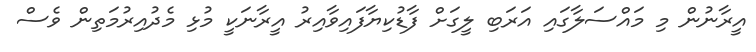
އީރާނުން މި މައްސަލާގައި އަރަބި ލީގަށް ފާޑުކިޔާފައިވާއިރު އީރާނަކީ މުޅި މެދުއިރުމަތިން ވެސް